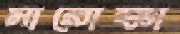
মারোক্কা